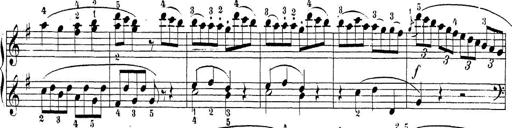
Title: Sonatina Album
Composer: Louis KÃ¶hler